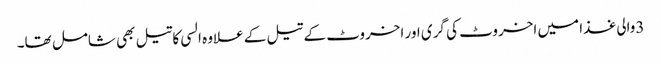
3والی غذا میں اخروٹ کی گری اور اخروٹ کے تیل کے علاوہ السی کاتیل بھی شامل تھا۔